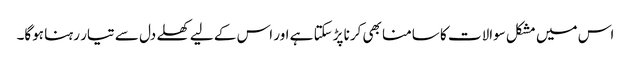
اس میں مشکل سوالات کا سامنا بھی کرنا پڑسکتا ہے اور اس کے لیے کھلے دل سے تیار رہنا ہوگا۔